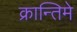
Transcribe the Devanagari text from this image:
क्रान्तिमे